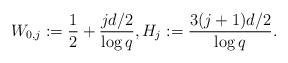
LaTeX: \begin{align*} W_{0,j} := \frac{1}{2}+\frac{jd/2}{\log q}, H_j := \frac{3(j+1)d/2}{\log q}.\end{align*}